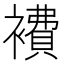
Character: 𧝇